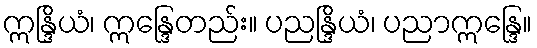
ဣန္ဒြိယံ၊ ဣန္ဒြေတည်း။ ပညန္ဒြိယံ၊ ပညာဣန္ဒြေ။